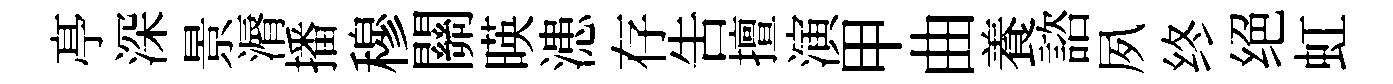
𠅘深景漘播穆關暎漶存吿擅演甲曲養諮夙终绝虹